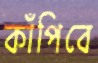
কাঁপিবে